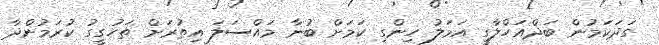
ގަދަކަމުން ބަދްއަހްލާގީ އަމަލު ހިންގި ކަމަށް ބުނާ މައްސަލަ އިތުރަށް ތަހުގީގު ކުރަމުންދާ